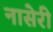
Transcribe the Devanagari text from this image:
नासेरी